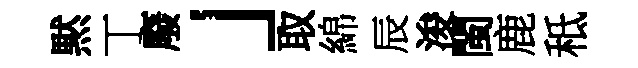
黙丁廢」取綿辰浚閩鹿秪